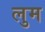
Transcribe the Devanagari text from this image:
लुम